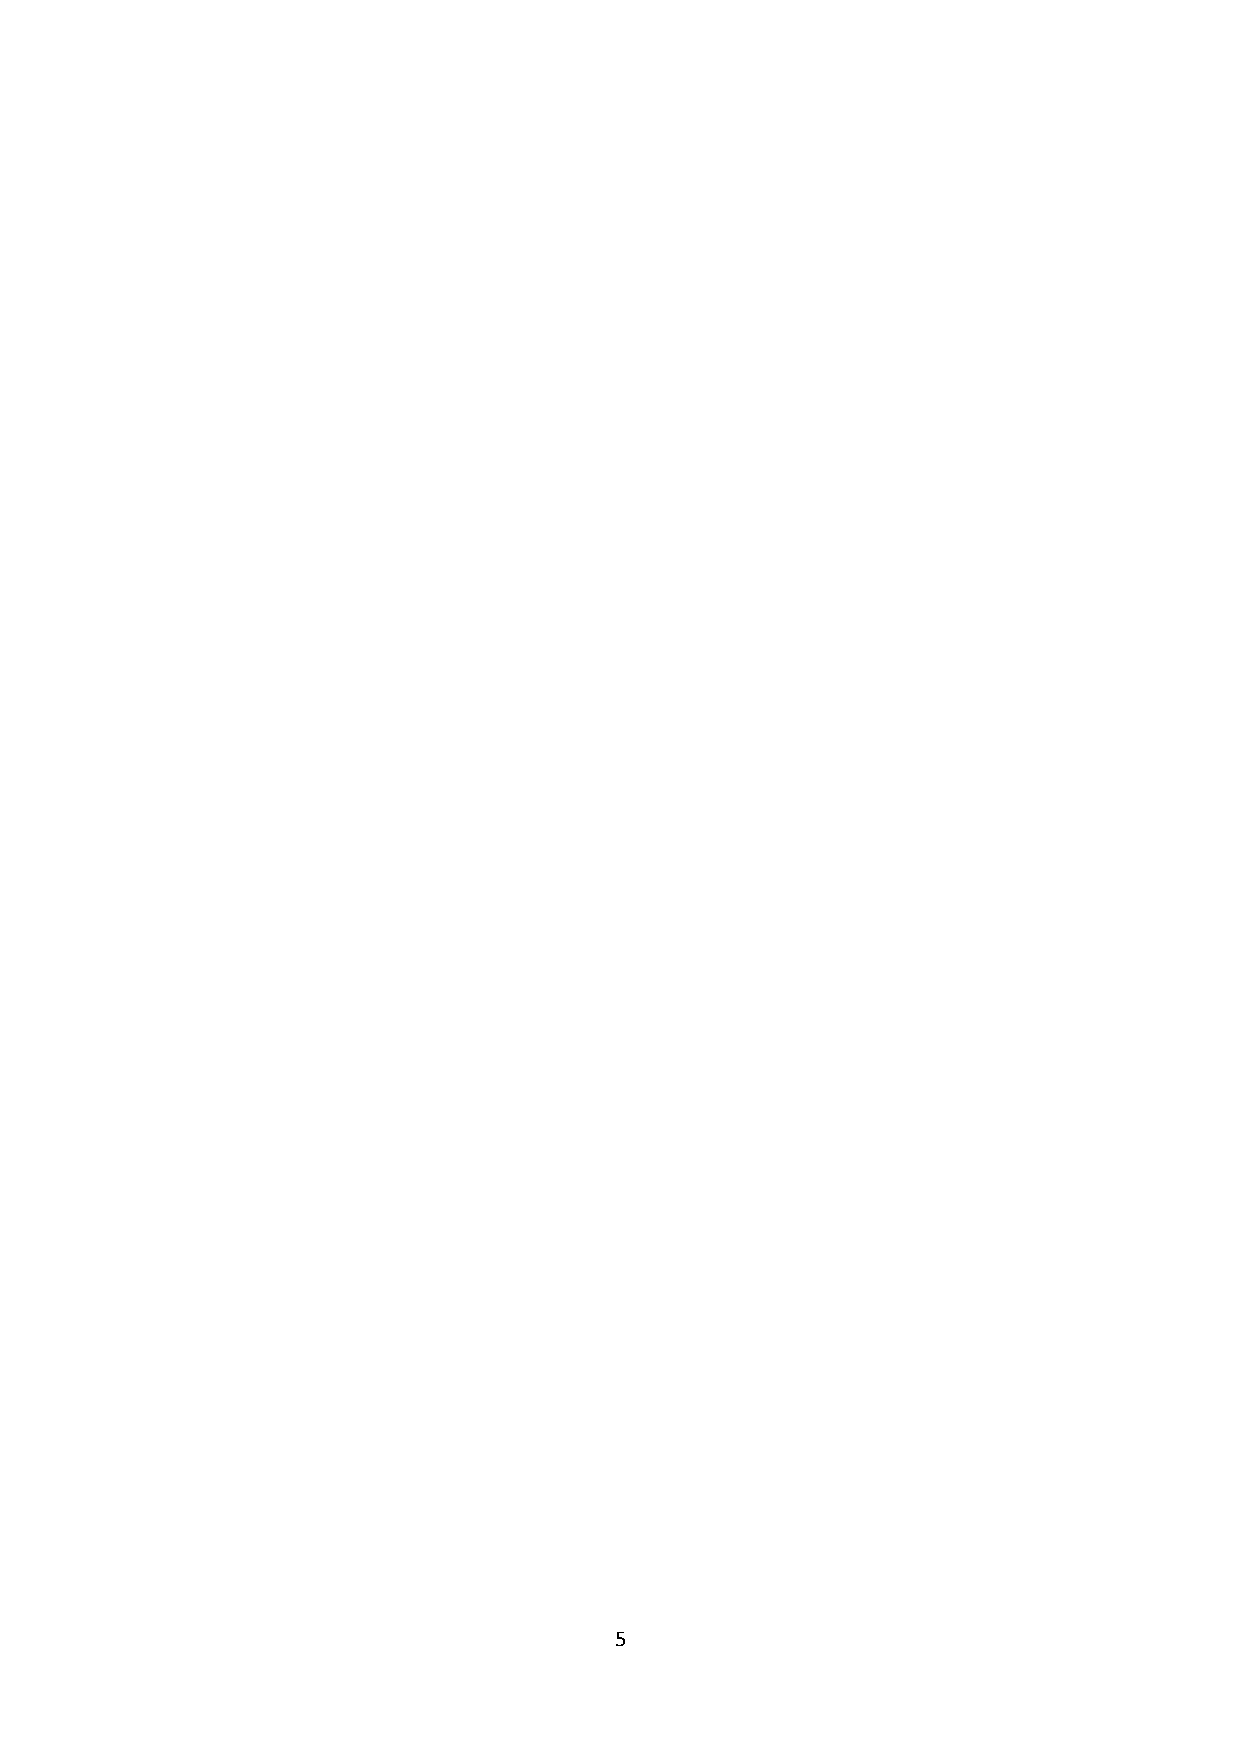
5